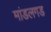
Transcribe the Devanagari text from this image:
मांडलगड